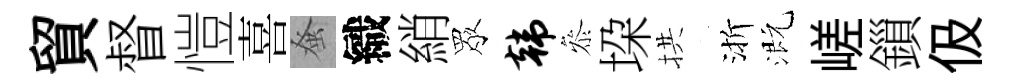
貿督愷喜𫊫織綃眾韩叅垜拱渐溉嵯鎻伋